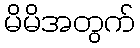
မိမိအတွက်